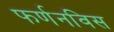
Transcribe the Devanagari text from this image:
फर्णनविस